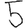
Digit: 5